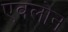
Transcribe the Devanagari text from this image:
एवलोन